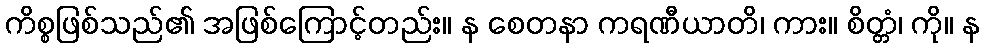
ကိစ္စဖြစ်သည်၏ အဖြစ်ကြောင့်တည်း။ န စေတနာ ကရဏီယာတိ၊ ကား။ စိတ္တံ၊ ကို။ န